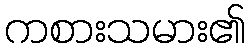
ကစားသမား၏